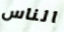
الناس